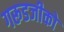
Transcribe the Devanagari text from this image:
गरूडजीको